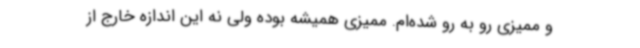
و ممیزی رو به رو شده‌ام. ممیزی همیشه بوده ولی نه این اندازه خارج از